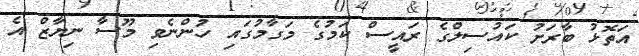
އަތޮޅު ބާރަށު ކައުސިލްގެ ރައީސް ކަމުގެ މަގާމުގައި ހުންނެވި މޫސާ ނިޔާޒް އެ